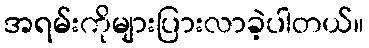
အရမ်းကိုများပြားလာခဲ့ပါတယ်။